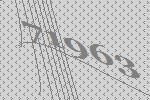
71963